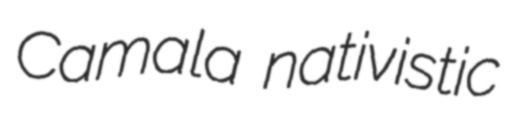
Camala nativistic